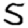
Digit: 5